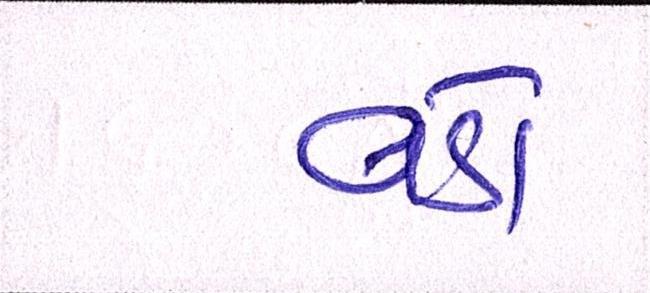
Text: વડો